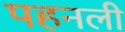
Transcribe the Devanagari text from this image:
पहनली